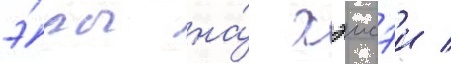
э́ры на́ хэисэи /